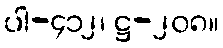
ပါ-၄၁၂၊ ဋ္ဌ-၂၀၈။